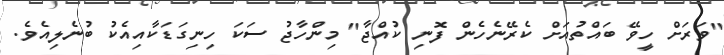
"ވަރަށް ހީވޭ ބައްތުއަށް ކެރޭނެހެން ފޮނި ކުއްޖާ" މިންހާޖު ސަކަ ހިނިގަޑަކާއިއެކު ބުނެލިއެވެ.